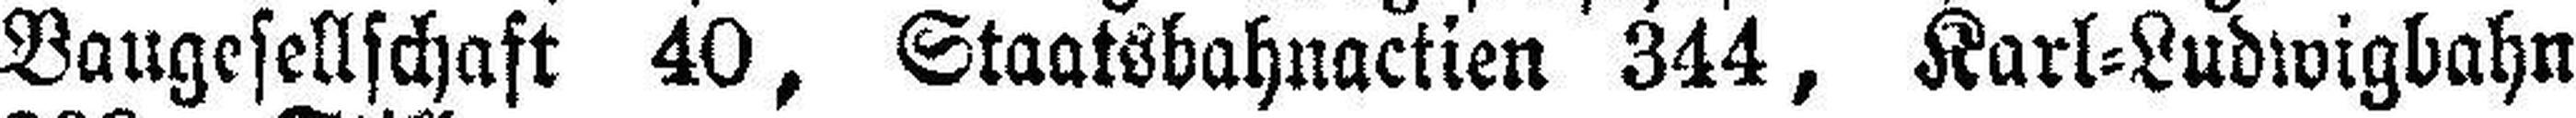
Baugesellschaft 40, Staatsbahnactien 344, Karl=Ludwigbahn